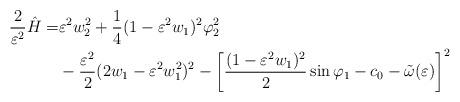
LaTeX: \begin{align*}\frac{2}{\varepsilon^2}\hat{H} =& \varepsilon^2 w_2^2 +\frac{1}{4}(1-\varepsilon^2 w_1)^2\varphi_2^2 \\ & -\frac{\varepsilon^2}{2}(2w_1-\varepsilon^2 w_1^2)^2- \left[\frac{(1-\varepsilon^2 w_1)^2}{2} \sin \varphi_1-c_0-\tilde{\omega}(\varepsilon)\right]^2\end{align*}